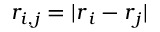
r _ { i , j } = | \boldsymbol { r } _ { i } - \boldsymbol { r } _ { j } |